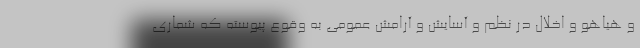
و هیاهو و اخلال در نظم و آسایش و آرامش عمومی به وقوع پیوسته که شماری